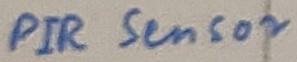
Text: PIR Sensor